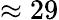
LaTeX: \approx 29